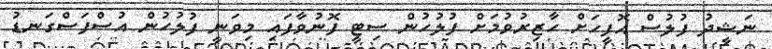
ނަޝީދު ފުލުސް އޮފީހަށް ހާޒިރުވުމަށް ފުލުހުން ސިޓީ ފޮނުވާފައި މިވަނީ ފުލުހުން އުސްފަސްގަނޑު